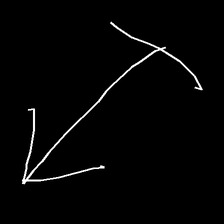
Glyph: levitation